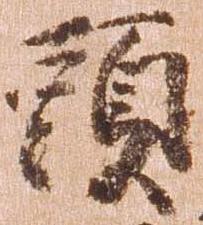
頭